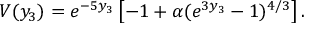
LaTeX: V ( y _ { 3 } ) = e ^ { - 5 y _ { 3 } } \left[ - 1 + \alpha ( e ^ { 3 y _ { 3 } } - 1 ) ^ { 4 / 3 } \right] .